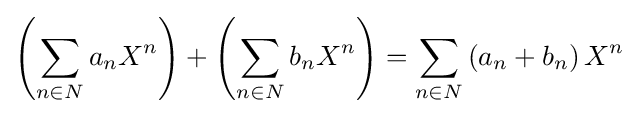
\left(\sum _{n\in N}a_{n}X^{n}\right)+\left(\sum _{n\in N}b_{n}X^{n}\right)=\sum _{n\in N}\left(a_{n}+b_{n}\right)X^{n}